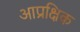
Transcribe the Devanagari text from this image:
आप्रक्षिक